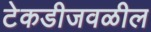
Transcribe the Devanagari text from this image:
टेकडीजवळील